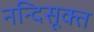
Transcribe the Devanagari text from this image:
नन्दिसूक्त